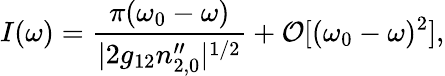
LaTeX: I(\omega)=\frac{\pi(\omega_{0}-\omega)}{|2g_{12}n_{2,0}^{\prime\prime}|^{1/2}}+\mathcal{O}[(\omega_{0}-\omega)^{2}],